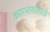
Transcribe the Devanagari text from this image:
कारभारासाठी